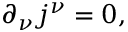
\partial _ { \nu } j ^ { \nu } = 0 ,